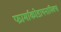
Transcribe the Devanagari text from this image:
फार्माकोडायनामिक्स